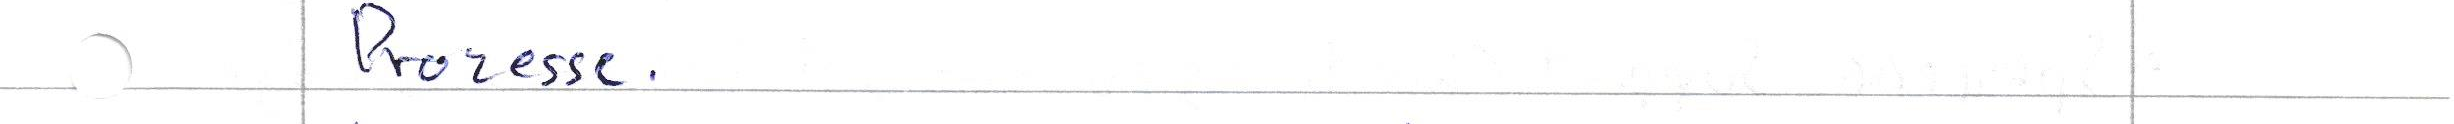
Prozesse.